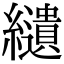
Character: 𦇞